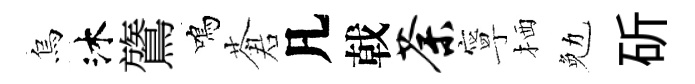
烏沐鷟鳴蒼凡戟荼寧栖勉斫